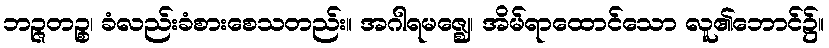
ဘဉ္ဇတဉ္စ၊ ခံလည်းခံစားစေသတည်း။ အဂါရမဇ္ဈေ၊ အိမ်ရာထောင်သော လူ၏ဘောင်၌။